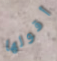
أقولها